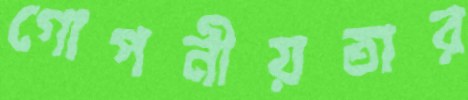
গোপনীয়তার